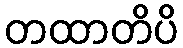
တထာတိပိ